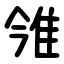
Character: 雂